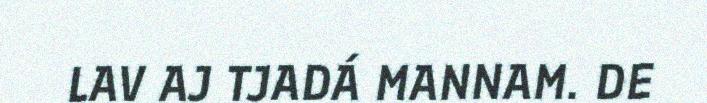
LAV AJ TJADÁ MANNAM. DE